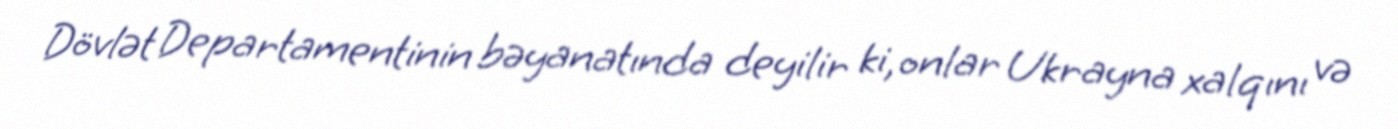
Dövlət Departamentinin bəyanatında deyilir ki, onlar Ukrayna xalqını və